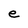
Character: e